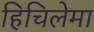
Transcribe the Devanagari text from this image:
हिचिलेमा